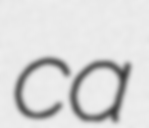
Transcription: ca